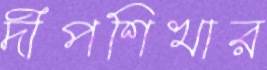
দীপশিখার